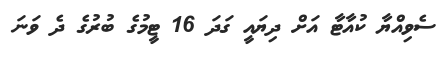
ސެވިއްޔާ ކުއާޓާ އަށް ދިޔައީ ގަދަ 16 ޓީމުގެ ބުުރުގެ ދެ ވަނަ